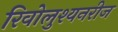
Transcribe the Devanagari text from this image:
रिवोलुश्यनरीज